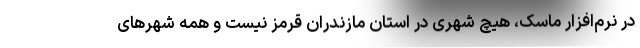
در نرم‌افزار ماسک، هیچ شهری در استان مازندران قرمز نیست و همه شهرهای